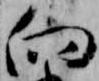
向